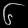
Digit: ၆